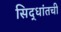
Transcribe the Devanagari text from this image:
सिद्धांतची